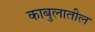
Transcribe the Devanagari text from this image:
काबुलातील